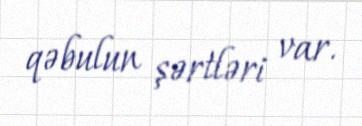
qəbulun şərtləri var.